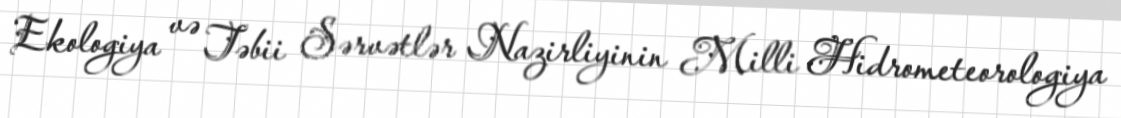
Ekologiya və Təbii Sərvətlər Nazirliyinin Milli Hidrometeorologiya